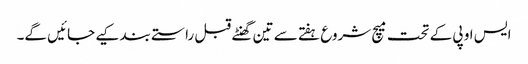
ایس او پی کے تحت میچ شروع ہفتے سے تین گھنٹے قبل راستے بند کیے جائیں گے۔